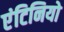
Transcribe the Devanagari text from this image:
एंटिनियो